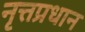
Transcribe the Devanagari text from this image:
नृत्तप्रधान